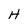
Character: H